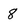
Character: 8